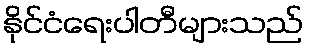
နိုင်ငံရေးပါတီများသည်